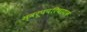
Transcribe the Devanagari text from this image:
स्वरूपपरिचायक